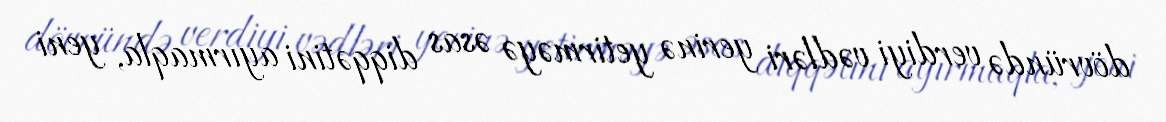
dövründə verdiyi vədləri yerinə yetirməyə əsas diqqətini ayırmaqla, yeni